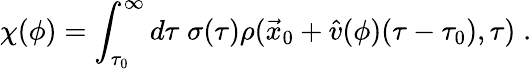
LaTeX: \chi(\phi)=\int_{\tau_{0}}^{\infty}d\tau\; \sigma(\tau)\rho(\vec{x}_{0}+\hat{v}(\phi)(\tau-\tau_{0}),\tau)\; .